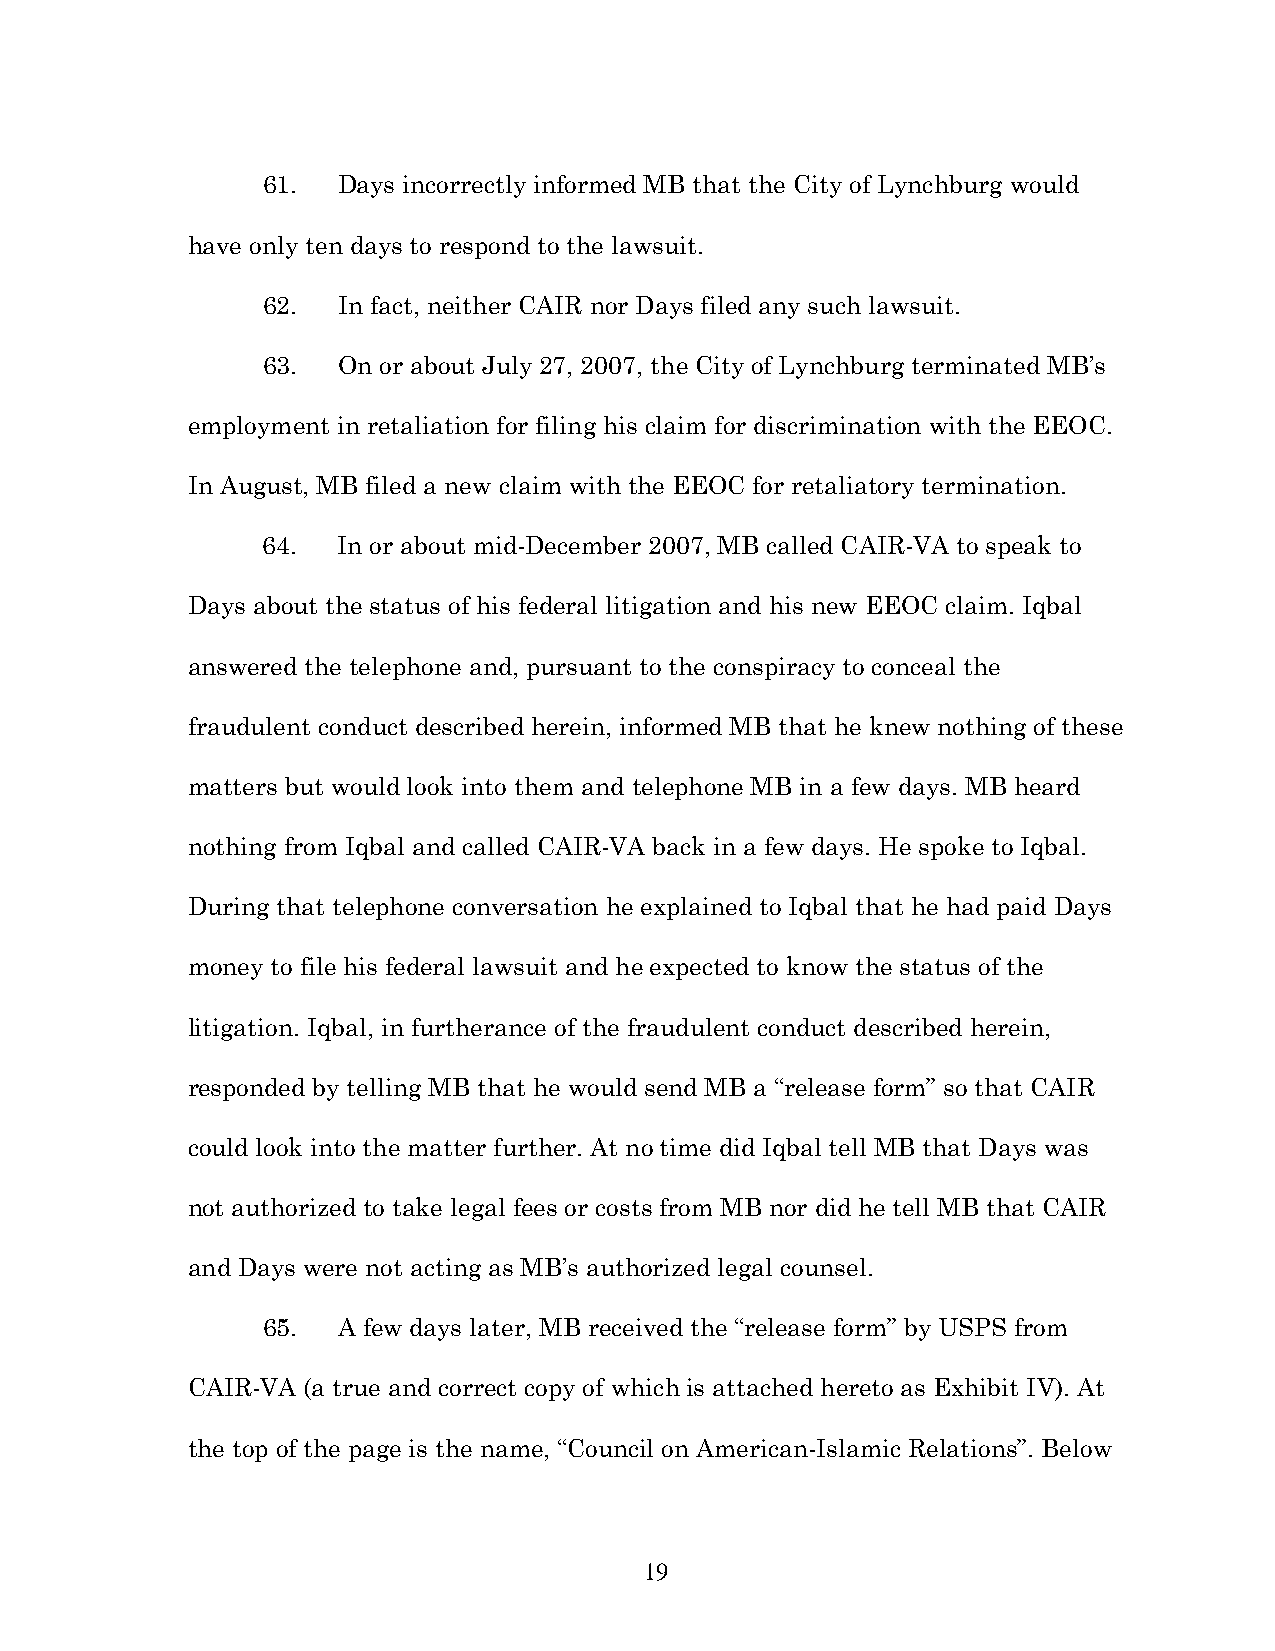
61.  Days incorrectly informed MB that the City of Lynchburg would
 have only ten days to respond to the lawsuit.
 62.  In fact, neither CAIR nor Days filed any such lawsuit.
 63.  On or about July 27, 2007, the City of Lynchburg terminated MB’s
 employment in retaliation for filing his claim for discrimination with the EEOC.
 In August, MB filed a new claim with the EEOC for retaliatory termination.
 64.  In or about mid-December 2007, MB called CAIR-VA to speak to
 Days about the status of his federal litigation and his new EEOC claim. Iqbal
 answered the telephone and, pursuant to the conspiracy to conceal the
 fraudulent conduct described herein, informed MB that he knew nothing of these
 matters but would look into them and telephone MB in a few days. MB heard
 nothing from Iqbal and called CAIR-VA back in a few days. He spoke to Iqbal.
 During that telephone conversation he explained to Iqbal that he had paid Days
 money to file his federal lawsuit and he expected to know the status of the
 litigation. Iqbal, in furtherance of the fraudulent conduct described herein,
 responded by telling MB that he would send MB a “release form” so that CAIR
 could look into the matter further. At no time did Iqbal tell MB that Days was
 not authorized to take legal fees or costs from MB nor did he tell MB that CAIR
 and Days were not acting as MB’s authorized legal counsel.
 65.  A few days later, MB received the “release form” by USPS from
 CAIR-VA (a true and correct copy of which is attached hereto as Exhibit IV). At
 the top of the page is the name, “Council on American-Islamic Relations”. Below
 19